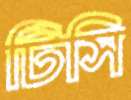
টিসি